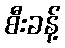
စီးခန့်